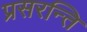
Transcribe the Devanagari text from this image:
प्रसरन्ति